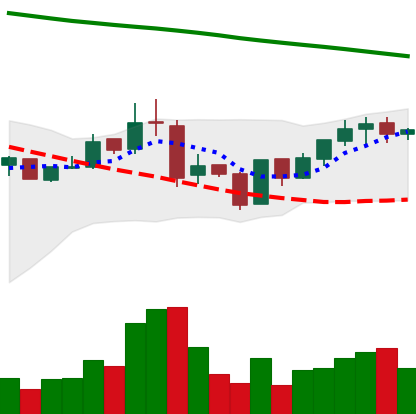
Ticker: BNB-USD
Chart end date: 2019-01-21
Forward return: 6.921%
Label: up_5_7